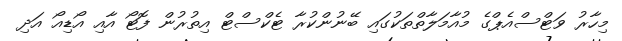
މިހާރު ވަޓްސްއެޕްގެ މުއާމަލާތްތަކުގައި ބޭނުންކުރާ ޓެކްސްޓް އިތުރުން ފޮޓޯ އާއި އޯޑިއޯ އަދި